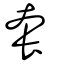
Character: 套